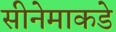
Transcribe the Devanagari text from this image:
सीनेमाकडे